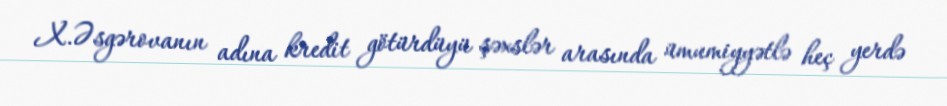
X.Əsgərovanın adına kredit götürdüyü şəxslər arasında ümumiyyətlə heç yerdə